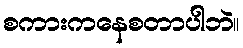
စကားကနေစတာပါဘဲ။